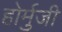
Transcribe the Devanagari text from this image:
होर्मुजी